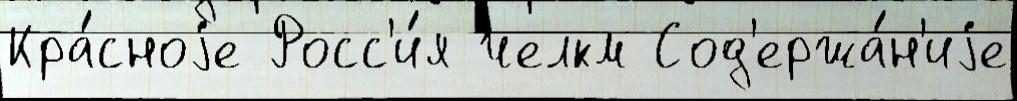
Кра́сноjе Росс'и́я челкм Сод'ержа́н'иjе